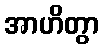
အာဟိတွာ